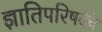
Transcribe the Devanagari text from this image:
ज्ञातिपरिषदेचे